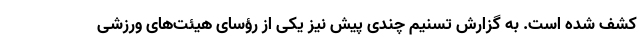
کشف شده است. به گزارش تسنیم چندی پیش نیز یکی از رؤسای هیئت‌های ورزشی